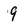
Character: 9